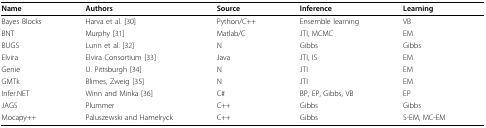
<table><thead><tr><td><b>Name</b></td><td><b>Authors</b></td><td><b>Source</b></td><td><b>Inference</b></td><td><b>Learning</b></td></tr></thead><tbody><tr><td>Bayes Blocks</td><td>Harva et al. [30]</td><td>Python/C++</td><td>Ensemble learning</td><td>VB</td></tr><tr><td>BNT</td><td>Murphy [31]</td><td>Matlab/C</td><td>JTI, MCMC</td><td>EM</td></tr><tr><td>BUGS</td><td>Lunn et al. [32]</td><td>N</td><td>Gibbs</td><td>Gibbs</td></tr><tr><td>Elvira</td><td>Elvira Consortium [33]</td><td>Java</td><td>JTI, IS</td><td>EM</td></tr><tr><td>Genie</td><td>U. Pittsburgh [34]</td><td>N</td><td>JTI</td><td>EM</td></tr><tr><td>GMTk</td><td>Blimes, Zweig [35]</td><td>N</td><td>JTI</td><td>EM</td></tr><tr><td>Infer.NET</td><td>Winn and Minka [36]</td><td>C#</td><td>BP, EP, Gibbs, VB</td><td>EP</td></tr><tr><td>JAGS</td><td>Plummer</td><td>C++</td><td>Gibbs</td><td>Gibbs</td></tr><tr><td>Mocapy++</td><td>Paluszewski and Hamelryck</td><td>C++</td><td>Gibbs</td><td>S-EM, MC-EM</td></tr></tbody></table>